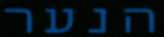
הנער